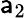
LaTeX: \mathsf{a}_{2}